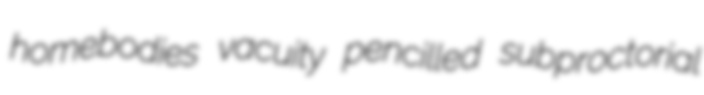
homebodies vacuity pencilled subproctorial